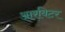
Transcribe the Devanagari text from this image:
आरबिटर